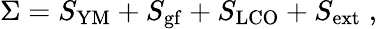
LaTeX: \Sigma=S_{\mathrm{YM}}+S_{\mathrm{gf}}+S_{\mathrm{LCO}}+S_{\mathrm{ext}}\; ,